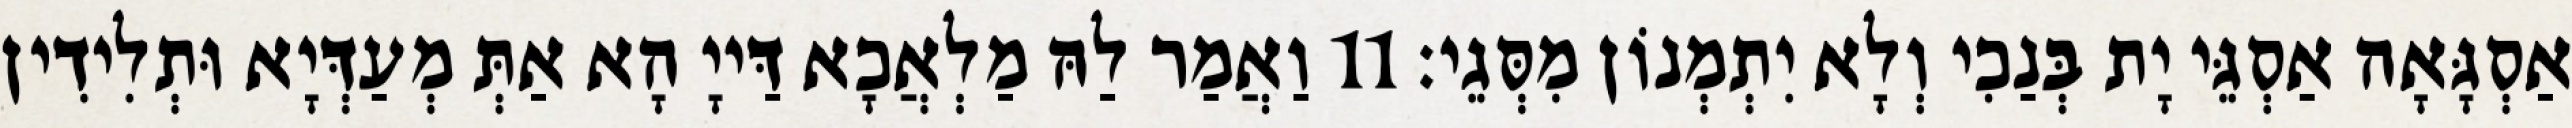
אַסְגָּאָה אַסְגֵּי יָת בְּנַכִי וְלָא יִתְמְנוֹן מִסְּגֵי׃ 11 וַאֲמַר לַהּ מַלְאֲכָא דַּייָ הָא אַתְּ מְעַדְּיָא וּתְלִידִין